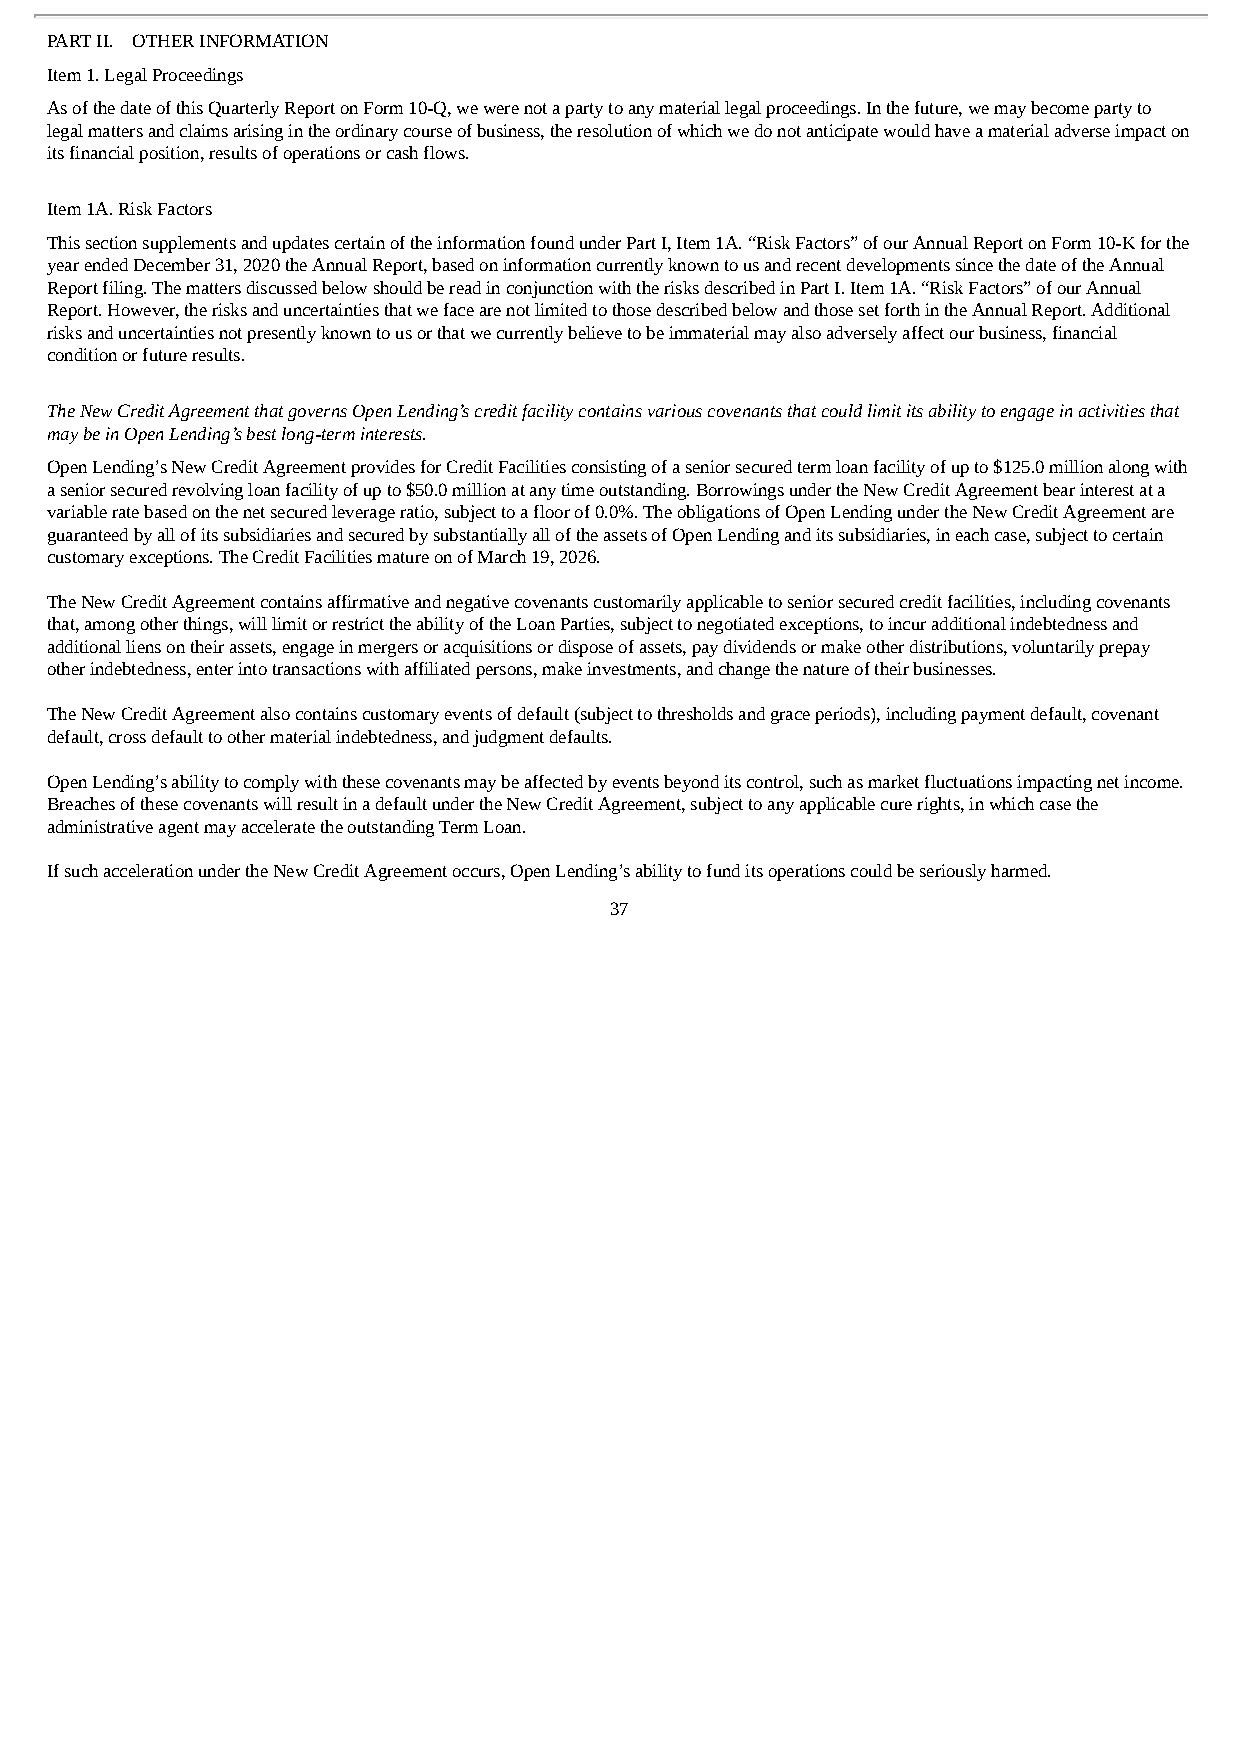
PART II. OTHER INFORMATION
 Item 1. Legal Proceedings
 As of the date of this Quarterly Report on Form 10-Q, we were not a party to any material legal proceedings. In the future, we may become party to
 legal matters and claims arising in the ordinary course of business, the resolution of which we do not anticipate would have a material adverse impact on
 its financial position, results of operations or cash flows.
 Item 1A. Risk Factors
 This section supplements and updates certain of the information found under Part I, Item 1A. “Risk Factors” of our Annual Report on Form 10-K for the
 year ended December 31, 2020 the Annual Report, based on information currently known to us and recent developments since the date of the Annual
 Report filing. The matters discussed below should be read in conjunction with the risks described in Part I. Item 1A. “Risk Factors” of our Annual
 Report. However, the risks and uncertainties that we face are not limited to those described below and those set forth in the Annual Report. Additional
 risks and uncertainties not presently known to us or that we currently believe to be immaterial may also adversely affect our business, financial
 condition or future results.
 The New Credit Agreement that governs Open Lending’s credit facility contains various covenants that could limit its ability to engage in activities that
 may be in Open Lending’s best long-term interests.
 Open Lending’s New Credit Agreement provides for Credit Facilities consisting of a senior secured term loan facility of up to $125.0 million along with
 a senior secured revolving loan facility of up to $50.0 million at any time outstanding. Borrowings under the New Credit Agreement bear interest at a
 variable rate based on the net secured leverage ratio, subject to a floor of 0.0%. The obligations of Open Lending under the New Credit Agreement are
 guaranteed by all of its subsidiaries and secured by substantially all of the assets of Open Lending and its subsidiaries, in each case, subject to certain
 customary exceptions. The Credit Facilities mature on of March 19, 2026.
 The New Credit Agreement contains affirmative and negative covenants customarily applicable to senior secured credit facilities, including covenants
 that, among other things, will limit or restrict the ability of the Loan Parties, subject to negotiated exceptions, to incur additional indebtedness and
 additional liens on their assets, engage in mergers or acquisitions or dispose of assets, pay dividends or make other distributions, voluntarily prepay
 other indebtedness, enter into transactions with affiliated persons, make investments, and change the nature of their businesses.
 The New Credit Agreement also contains customary events of default (subject to thresholds and grace periods), including payment default, covenant
 default, cross default to other material indebtedness, and judgment defaults.
 Open Lending’s ability to comply with these covenants may be affected by events beyond its control, such as market fluctuations impacting net income.
 Breaches of these covenants will result in a default under the New Credit Agreement, subject to any applicable cure rights, in which case the
 administrative agent may accelerate the outstanding Term Loan.
 If such acceleration under the New Credit Agreement occurs, Open Lending’s ability to fund its operations could be seriously harmed.
 37